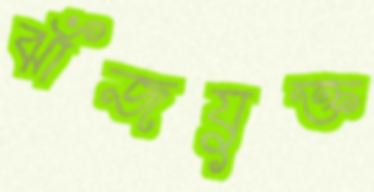
ঝাঁজযুক্ত